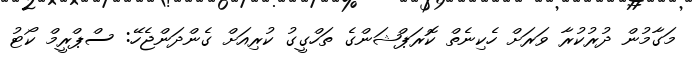
މަގާމުން ދުރުކުރާ ވަރަށް ހެކިނެތް ކޮރަޕްޝަންގެ ތަހްގީގު ކުރިއަށް ގެންދަންޖެހޭ: ސްޕްރީމް ކޯޓު